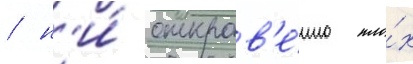
/ н'и́ откров'е́нно пло́х